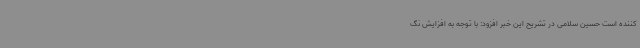
کننده است حسین سلامی در تشریح این خبر افزود: با توجه به افزایش نگ